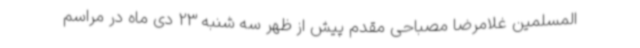
المسلمین غلامرضا مصباحی مقدم پیش از ظهر سه شنبه 23 دی ماه در مراسم